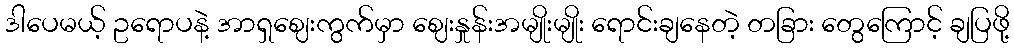
ဒါပေမယ့် ဥရောပနဲ့ အာရှဈေးကွက်မှာ ဈေးနှုန်းအမျိုးမျိုး ရောင်းချနေတဲ့ တခြား တွေကြောင့် ချပြဖို့